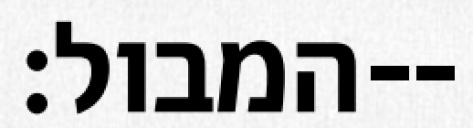
המבול׃--